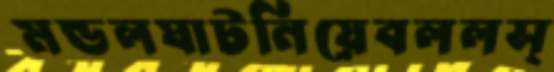
মন্ডলঘাটনিয়েবললস্